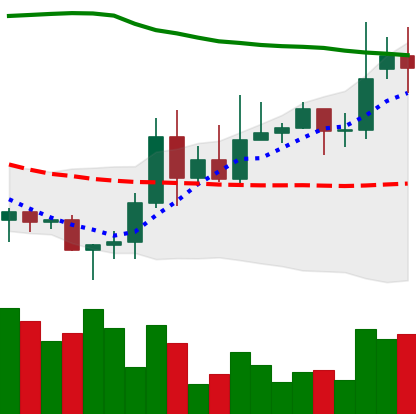
Ticker: DOGE-USD
Chart end date: 2020-11-18
Forward return: 25.404%
Label: up_7plus